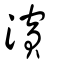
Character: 濱